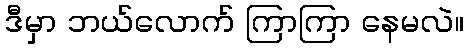
ဒီမှာ ဘယ်လောက် ကြာကြာ နေမလဲ။